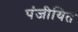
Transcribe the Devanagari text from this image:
पंजीयित